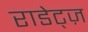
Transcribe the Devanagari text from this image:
राडेट्ज़